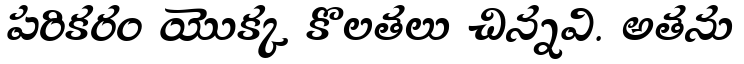
పరికరం యొక్క కొలతలు చిన్నవి. అతను